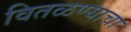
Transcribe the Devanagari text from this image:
वितळण्याचा